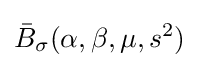
{\bar {B}}_{\sigma }(\alpha ,\beta ,\mu ,s^{2})